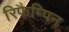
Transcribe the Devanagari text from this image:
रिफ़ैम्पिन